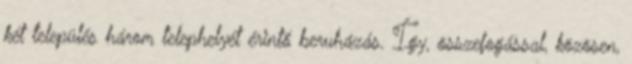
két település három telephelyét érintő beruházás. Így, összefogással, közösen,